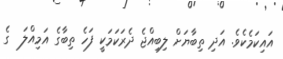
އައިކަމެކެވެ. އަދި ތިބާޔަށް ލިބިއްޖެ ދެރަކަމަކީ ފަހެ ތިބާގެ އަމިއްލަ  ގެ